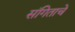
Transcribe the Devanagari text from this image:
संगिताचे